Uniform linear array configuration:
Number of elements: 12
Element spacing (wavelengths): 0.5
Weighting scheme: binomial
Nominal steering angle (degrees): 15
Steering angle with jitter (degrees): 16.903
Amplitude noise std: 0.05
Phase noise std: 0.05

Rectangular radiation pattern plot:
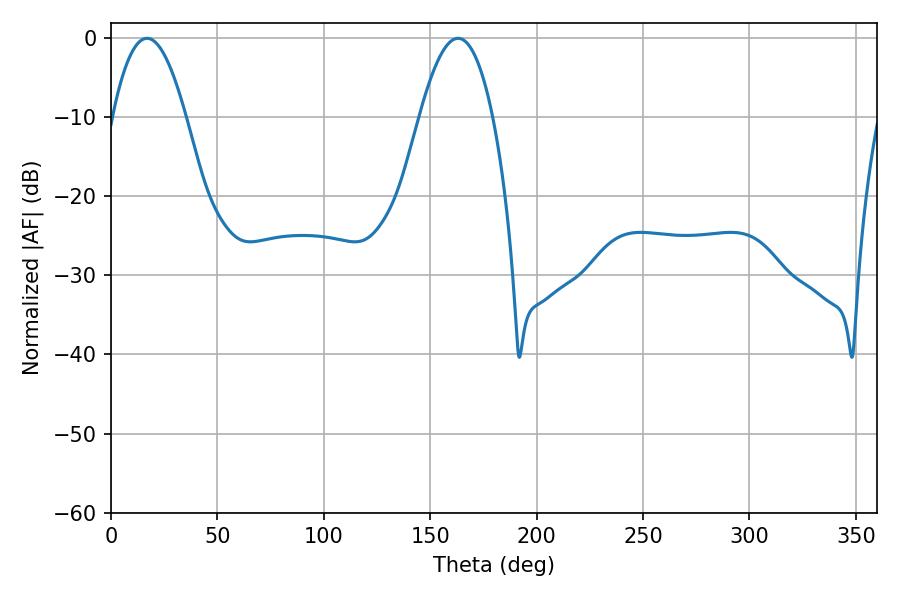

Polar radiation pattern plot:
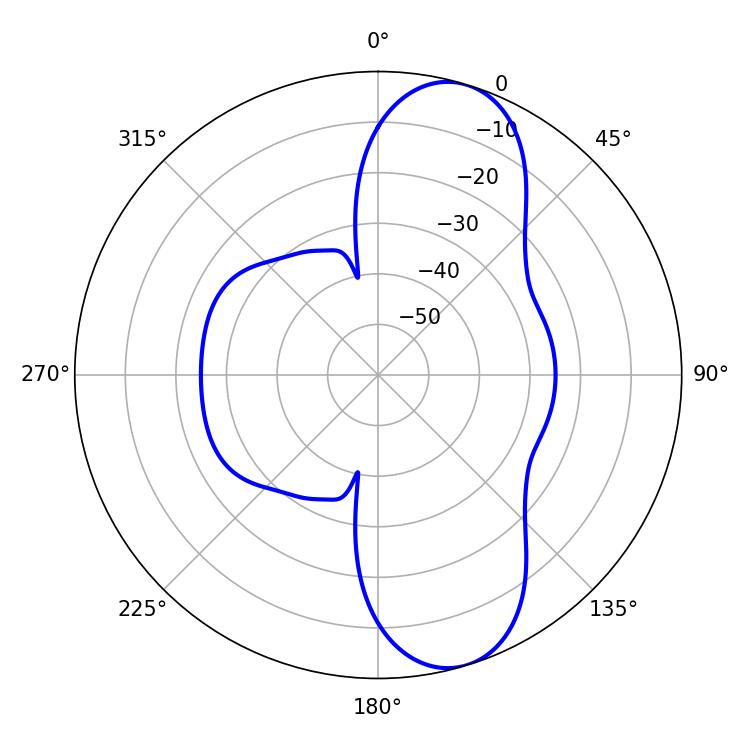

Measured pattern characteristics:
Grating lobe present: FALSE
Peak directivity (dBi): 9.724
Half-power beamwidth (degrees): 18.9
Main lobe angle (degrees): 16.92